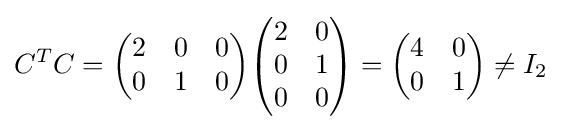
C^{T}C={\begin{pmatrix}2&0&0\\0&1&0\end{pmatrix}}{\begin{pmatrix}2&0\\0&1\\0&0\end{pmatrix}}={\begin{pmatrix}4&0\\0&1\end{pmatrix}}\neq I_{2}